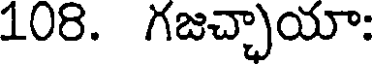
108. గజచ్చాయా: